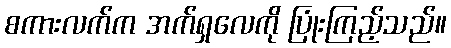
စကားလက်က အက်ရှလေကို ပြုံးကြည့်သည်။